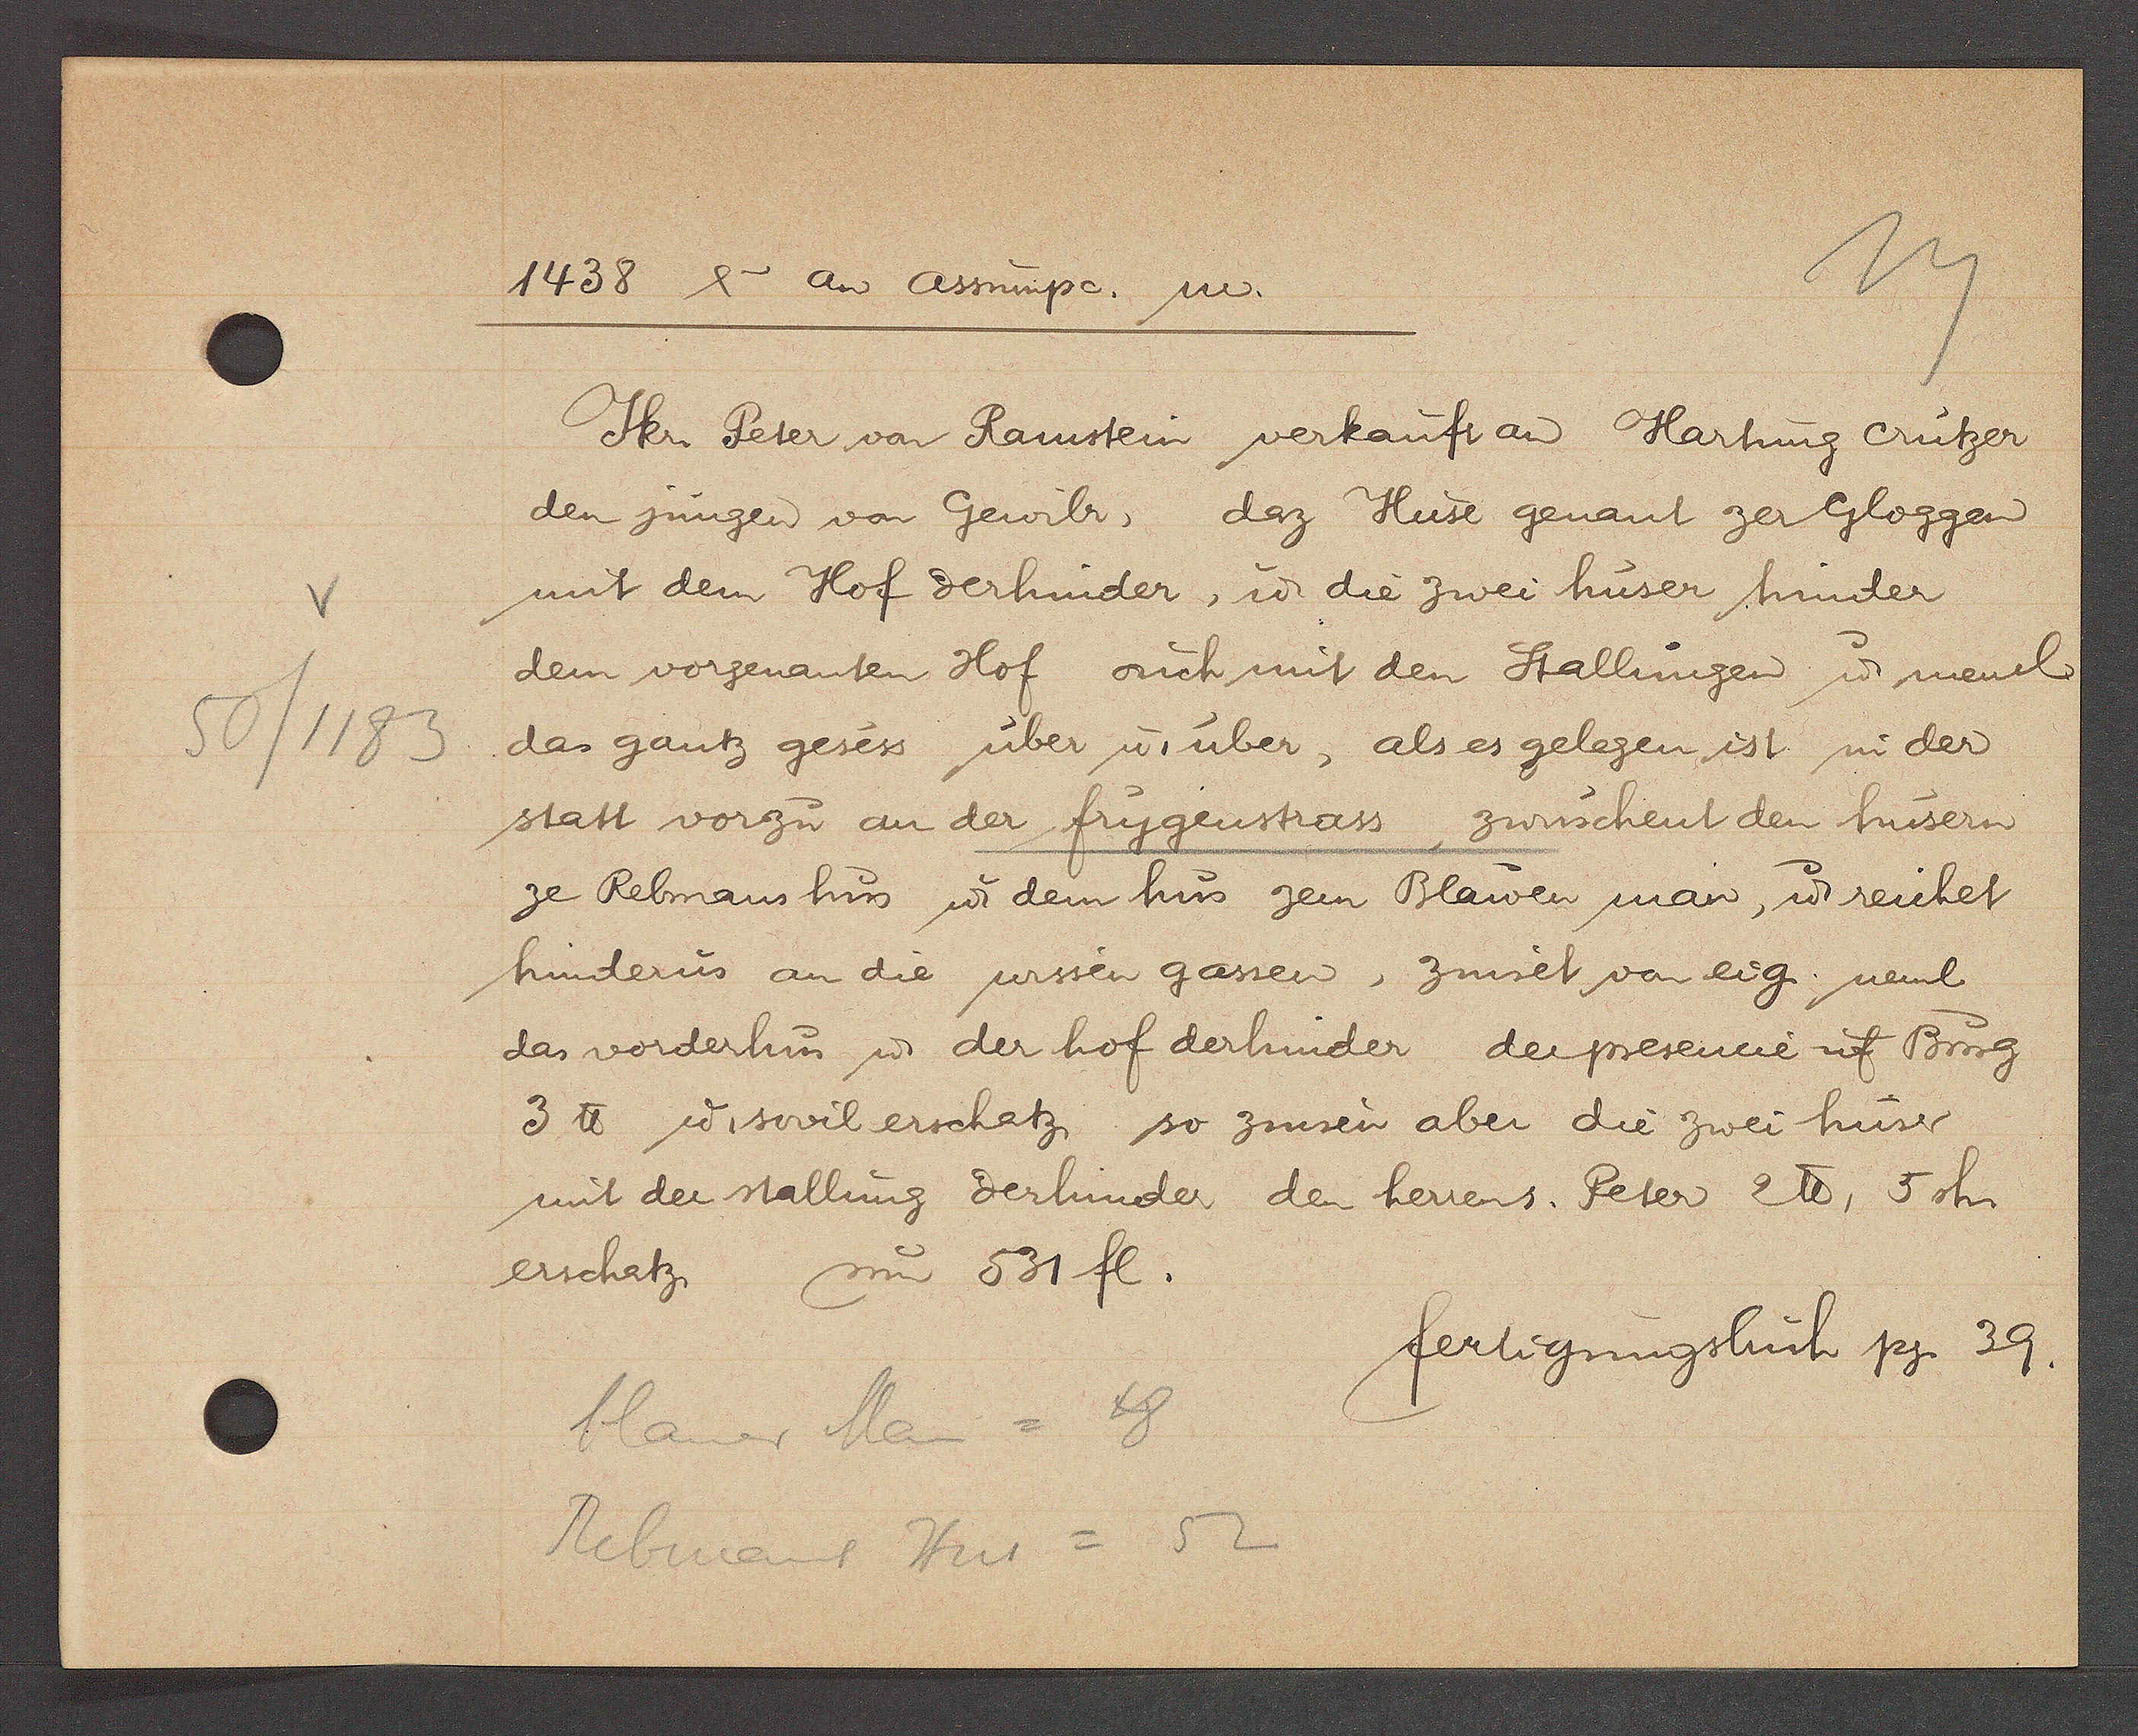
Transcript:
50/1183

1458 & an assumpo. m.

Jkr. Peter von Ramstein verkauft an Harhung crützer
den jungen von Gewilr, daz Huse genant zer Gloggen
mit dem Hof derhinder, u die zwei hüser hinder
dem vorgenanten Hof ouch mit den Stallungen u mend
das gantz gesess über u. über, als es gelegen ist in der
statt vorzu an der frygenstrass zwüschent den hüsern
ze Rebmaus hus u dem hus zem Blauen man, ư reichet
hinderus an die wissen gassen, zinset von eig nemb
das vorderhus u der hof derhinder, der presencie uf Burg
3 ℔ u sovil erschatz so zinsen aber die zwei hüser
mit der stallung derhinder den herrens. Peter 2 ℔, 5 sh.
erschatz
um 531 fl.

fertigungsbuch pg. 39.

blauer Man = 48
Rebmans Hus = 52